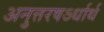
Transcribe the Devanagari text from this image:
अनुत्तरषऽर्धार्थ